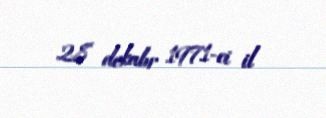
28 dekabr 1971-ci il